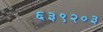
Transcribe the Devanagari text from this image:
६३९२०३